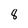
Character: 8